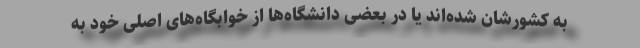
به کشورشان شده‌اند یا در بعضی دانشگاه‌ها از خوابگاه‌های اصلی خود به